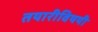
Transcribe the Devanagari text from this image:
तयारीविषयी